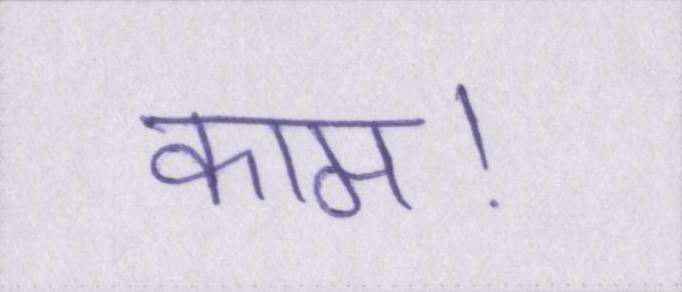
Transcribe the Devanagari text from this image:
काम।